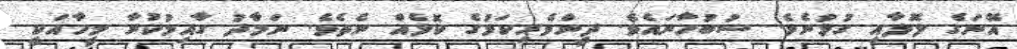
އޭނަގެ ލޮލާއި ގުޅުނެވެ. ސުބުހާނައެވެ. ދީންވެރިކަމުގެ ކޮޅެއް ނެތެވެ. ނަމާދު ގާއިމުކުރާ މީހާއަކީ